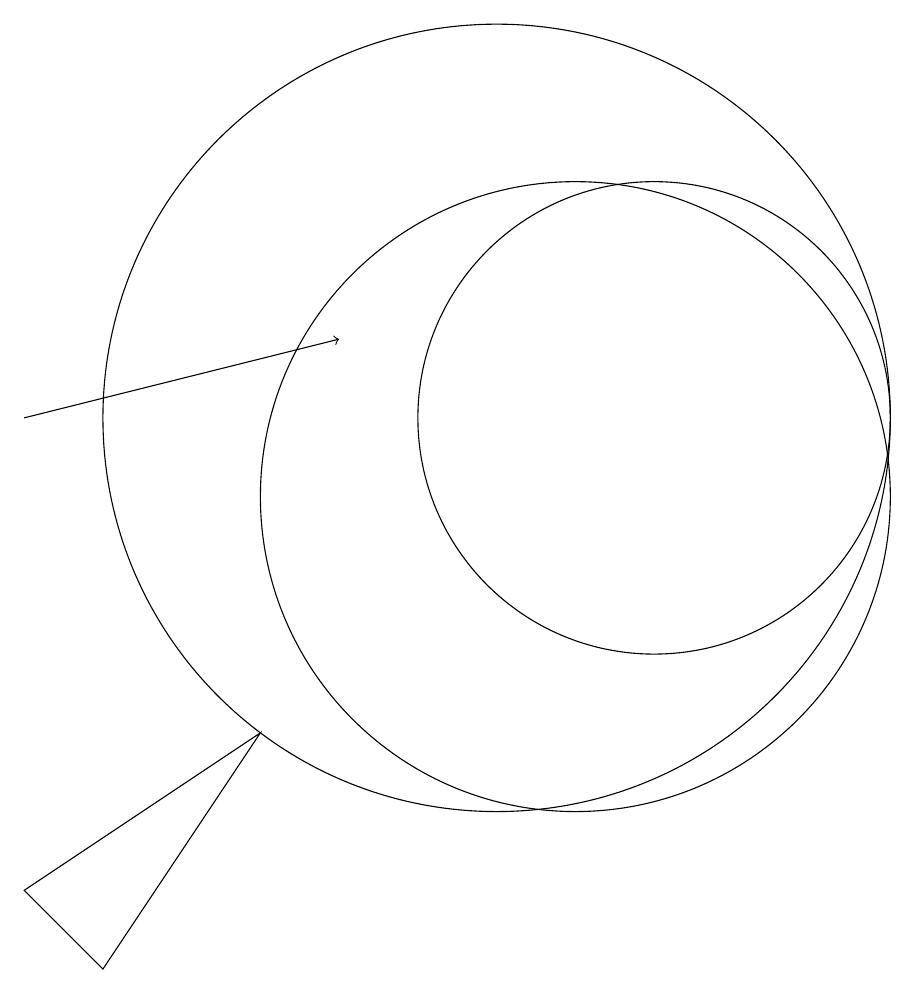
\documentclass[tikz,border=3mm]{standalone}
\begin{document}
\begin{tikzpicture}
\draw (7,8) -- (5,5) -- (4,6) -- cycle;
\draw (11,11) circle (4);
\draw (10,12) circle (5);
\draw[->] (4,12) -- (8,13);
\draw (12,12) circle (3);
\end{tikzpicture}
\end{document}